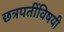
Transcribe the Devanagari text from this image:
छत्रपतींविषयी